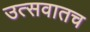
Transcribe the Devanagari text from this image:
उत्सवातच